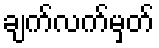
ချက်လက်မှတ်